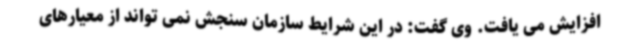
افزایش می یافت. وی گفت: در این شرایط سازمان سنجش نمی تواند از معیارهای